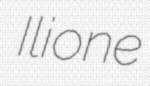
Ilione